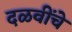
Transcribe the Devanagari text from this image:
दळवींचे